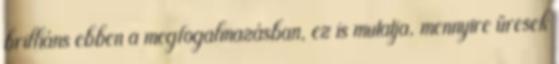
brilliáns ebben a megfogalmazásban, ez is mutatja, mennyire üresek